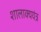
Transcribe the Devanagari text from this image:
शालाक्ययंत्र